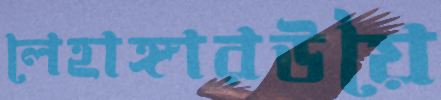
লেহাঙ্গারউয়ৈ